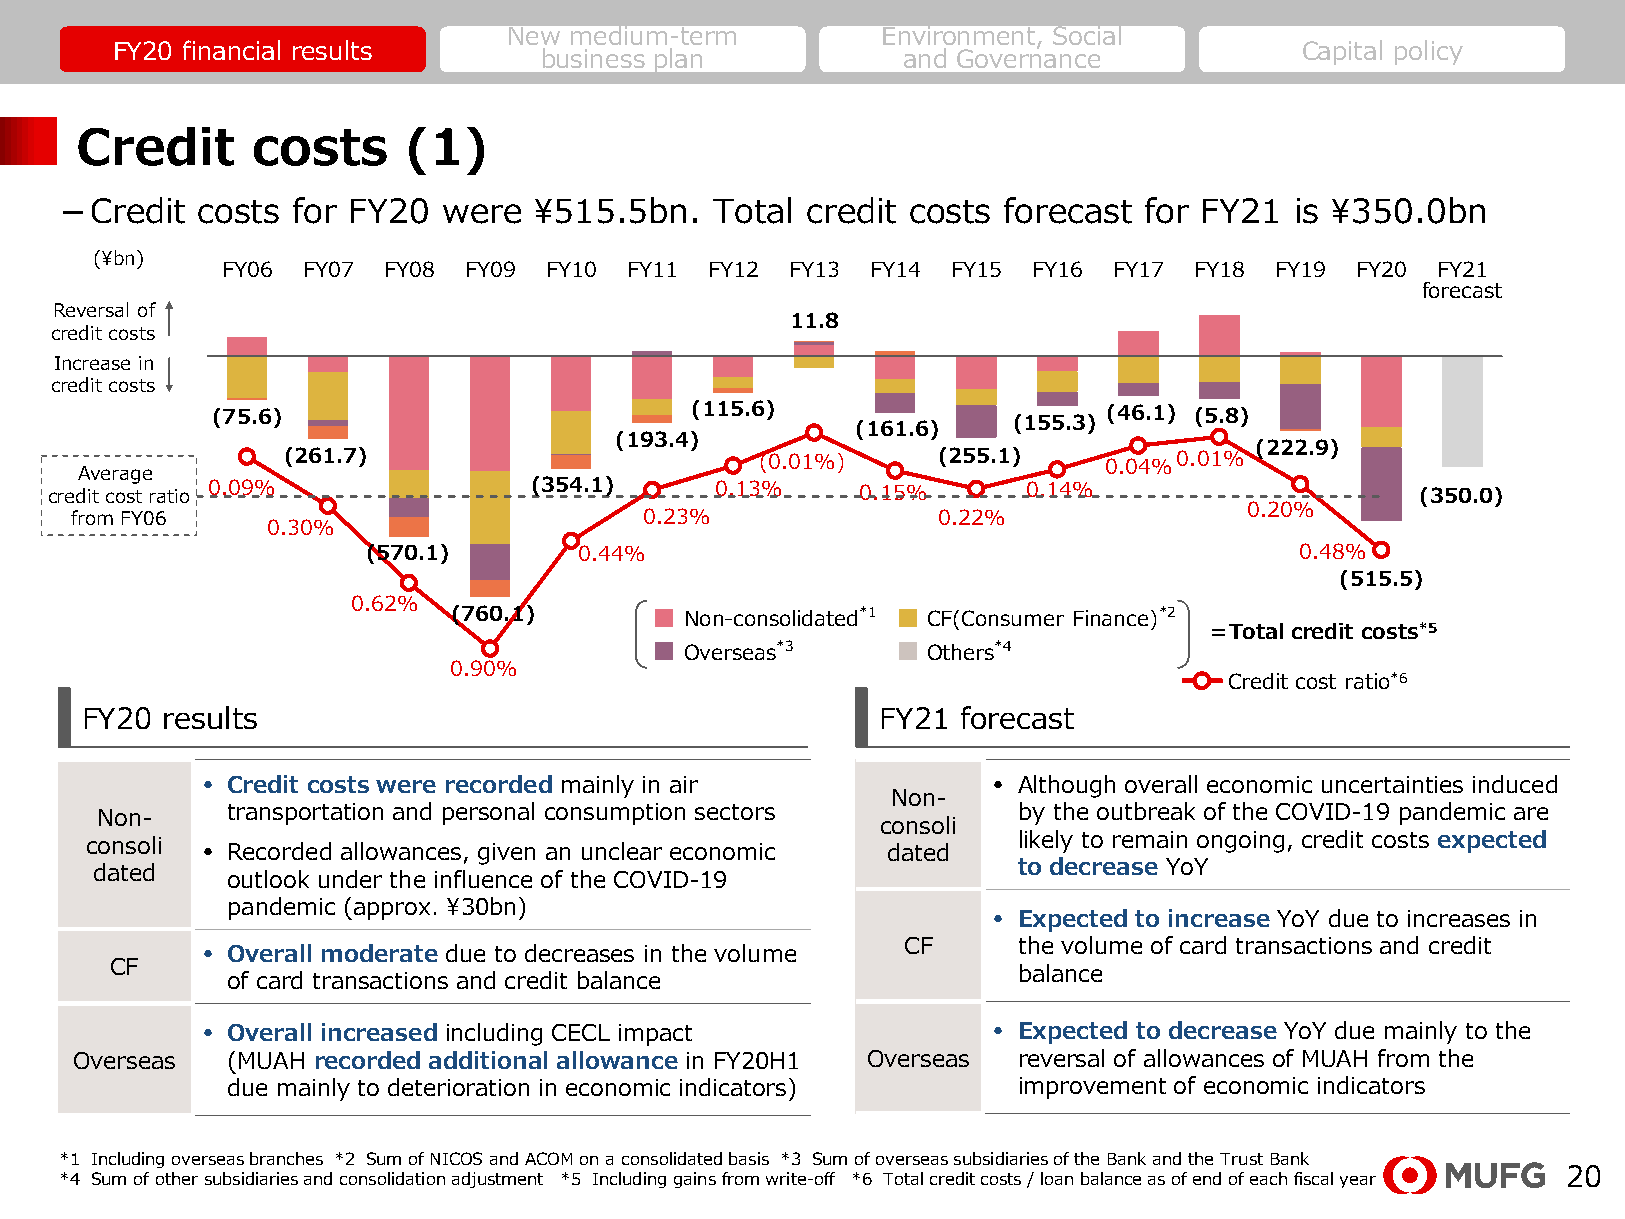
New medium-term         Environment, Social
 FY20 financial results                                                         Capital policy
 business plan           and Governance
 Credit      costs     (1)
 －Credit  costs for FY20  were  ¥515.5bn.   Total credit costs forecast  for FY21  is ¥350.0bn
 (¥bn)
 FY06 FY07 FY08  FY09 FY10 FY11  FY12 FY13  FY14 FY15 FY16  FY17 FY18 FY19  FY20 FY21
 forecast
 Reversal of
 11.8
 credit costs
 Increase in
 credit costs
 (75.6)                          (115.6)    (161.6)   (155.3) (46.1) (5.8)
 (193.4)
 (222.9)
 (261.7)                        (0.01%)     (255.1)    0.04%0.01%
 Average
 credit cost ratio 0.09%         (354.1)     0.13%     0.15%      0.14%                     (350.0)
 0.20%
 from FY06                             0.23%              0.22%
 0.30%
 (570.1)       0.44%                                           0.48%
 (515.5)
 0.62%
 (760.1)        Non-consolidated*1 CF(Consumer Finance)*2
 ＝Total credit costs*5
 Overseas*3      Others*4
 0.90%
 Credit cost ratio*6
 FY20  results                                        FY21  forecast
 • Credit costs were recorded mainly in air           • Although overall economic uncertainties induced
 Non-
 Non-     transportation and personal consumption sectors     by the outbreak of the COVID-19 pandemic are
 consoli
 consoli • Recorded allowances, given an unclear economic dated likely to remain ongoing, credit costs expected
 dated                                                        to decrease YoY
 outlook under the influence of the COVID-19
 pandemic (approx. ¥30bn)
 • Expected to increase YoY due to increases in
 • Overall moderate due to decreases in the volume CF  the volume of card transactions and credit
 CF
 balance
 of card transactions and credit balance
 • Overall increased including CECL impact            • Expected to decrease YoY due mainly to the
 Overseas  (MUAH recorded additional allowance in FY20H1 Overseas reversal of allowances of MUAH from the
 due mainly to deterioration in economic indicators) improvement of economic indicators
 *1 Including overseas branches *2 Sum of NICOS and ACOM on a consolidated basis *3 Sum of overseas subsidiaries of the Bank and the Trust Bank
 *4 Sum of other subsidiaries and consolidation adjustment *5 Including gains from write-off *6 Total credit costs / loan balance as of end of each fiscal year 20